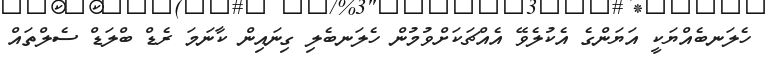
ހެލަނބެއްޔަކީ އަޔަންގެ އެކުލެވޭ އެއްޗަކަށްވުމުން ހެލަނބެލި ގިނައިން ކާނަމަ ރެޑް ބްލަޑް ސެލްތައް